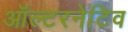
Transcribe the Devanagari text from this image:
ऑल्‍टरनेटिव